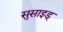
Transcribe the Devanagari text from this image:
सुसाइड्